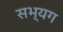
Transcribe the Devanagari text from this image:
सभ्यग